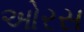
ઓરસ